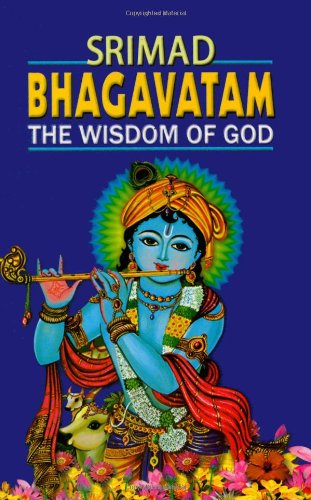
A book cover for Srimad Bhagavatam: The Wisdom of God; translated by Swami Prabhavananda; Religion & Spirituality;